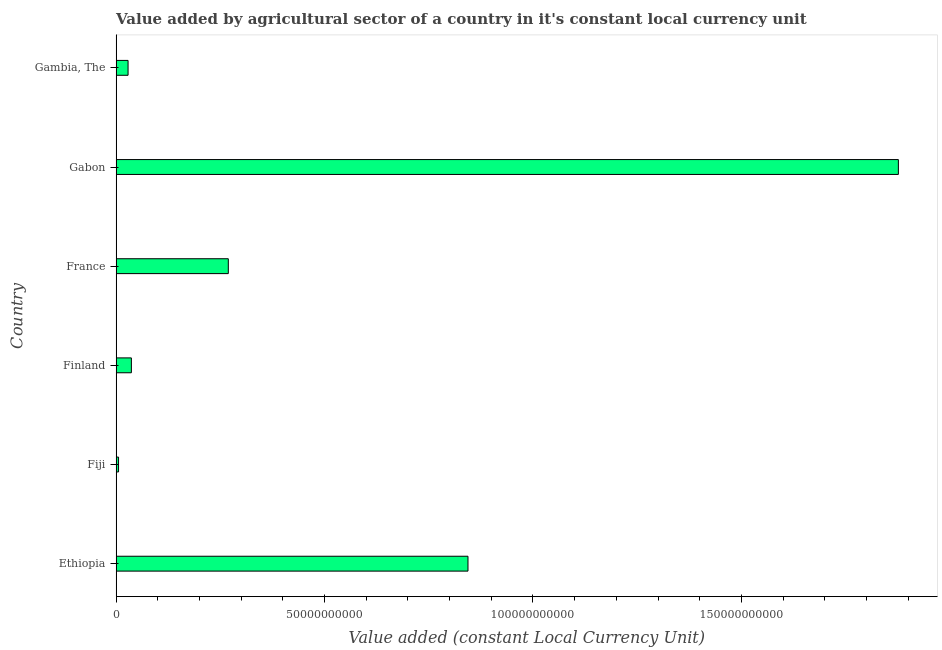
| Country | Agriculture |
 | --- | --- |
 | Ethiopia | 8.44e+10 |
 | Fiji | 5.8e+08 |
 | Finland | 3.66e+09 |
 | France | 2.69e+10 |
 | Gabon | 1.88e+11 |
 | Gambia, The | 2.86e+09 |